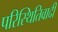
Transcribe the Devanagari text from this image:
परिस्थितिवादी